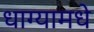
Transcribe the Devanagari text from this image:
धाग्यामधे